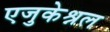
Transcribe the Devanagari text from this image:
एजुकेश्नल